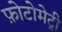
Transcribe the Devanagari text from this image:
फ़ोटोमेट्री